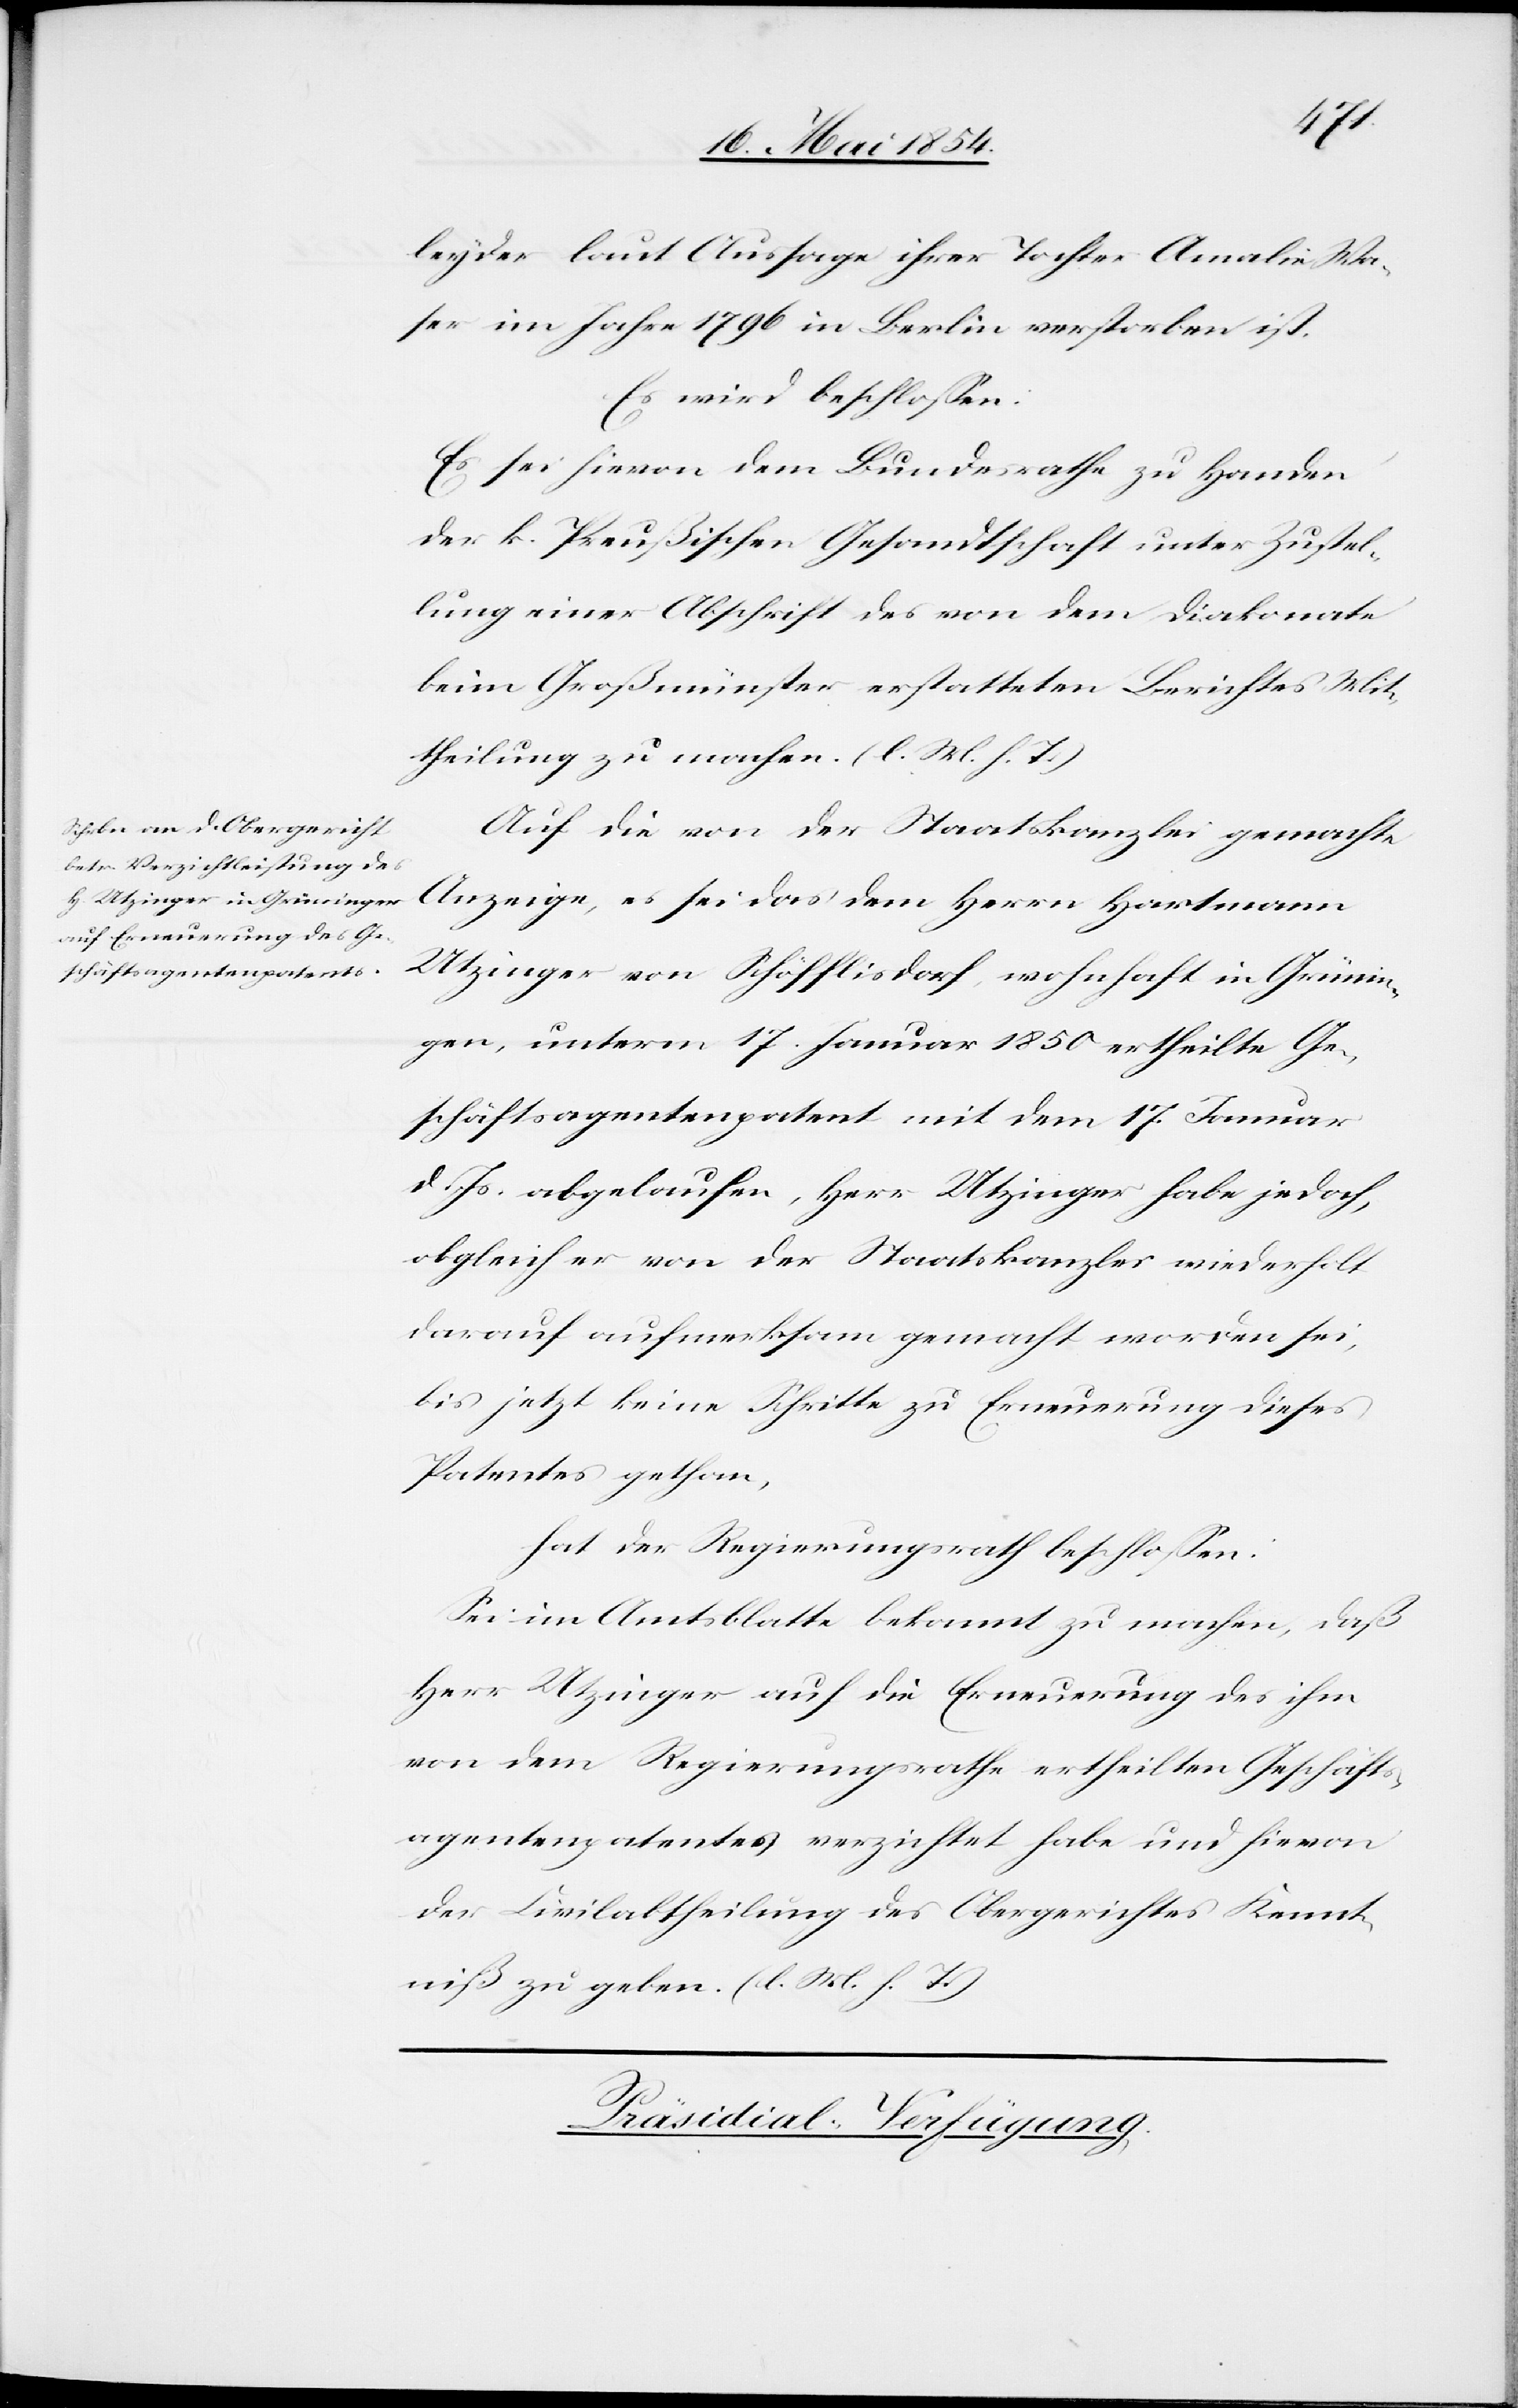
leyder laut Aussage ihrer Tochter Amalie Wa¬
ser im Jahre 1796 in Berlin verstorben ist.
Es wird beschloßen:
Es sei hievon dem Bundesrathe zu Handen
der k. Preußischen Gesandtschaft unter Zustel¬
lung einer Abschrift des von dem Diakonate
beim Großmünster erstatteten Berichtes Mit¬
theilung zu machen. (l. M. h. T.)
Auf die von der Staatskanzlei gemachte
Anzeige, es sei das dem Herrn Hartmann
Utzinger von Schöfflisdorf, wohnhaft in Grünin¬
gen, unterm 17. Januar 1850 ertheilte Ge¬
schäftsagentenpatent mit dem 17. Januar
d. Js. abgelaufen, Herr Utzinger habe jedoch,
obgleich er von der Staatskanzlei wiederholt
drauf aufmerksam gemacht worden sei,
bis jetzt keine Schritte zu Erneuerung dieses
Patentes gethan,
hat der Regierungsrath beschloßen:
Sei im Amtsblatte bekannt zu machen, daß
Herr Utzinger auf die Erneuerung des ihm
von dem Regierungsrathe ertheilten Geschäfts¬
agentenpatentes verzichtet habe und hievon
der Civilabtheilung des Obergerichtes Kennt¬
niß zu geben ist. (l. M. h. T.)
Präsidial-Verfügung.